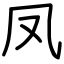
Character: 凤